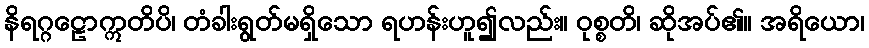
နိရဂ္ဂဠောဣတိပိ၊ တံခါးရွတ်မရှိသော ရဟန်းဟူ၍လည်း။ ဝုစ္စတိ၊ ဆိုအပ်၏။ အရိယော၊